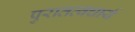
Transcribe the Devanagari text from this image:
पुरातत्वचार्य